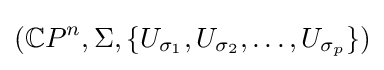
(\mathbb {C} P^{n},\Sigma ,\{U_{\sigma _{1}},U_{\sigma _{2}},\dotsc ,U_{\sigma _{p}}\})